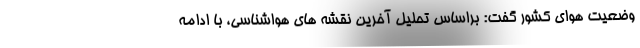
وضعیت هوای کشور گفت: براساس تحلیل آخرین نقشه های هواشناسی، با ادامه